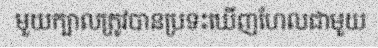
មួយក្បាលត្រូវបានប្រទះឃើញហែលជាមួយ